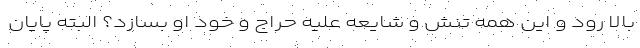
بالا رود و این همه تنش و شایعه علیه حراج و خود او بسازد؟ البته پایان